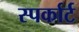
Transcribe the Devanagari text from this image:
स्पर्कार्ट